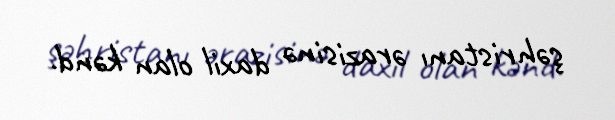
şəhristanı ərazisinə daxil olan kənd.